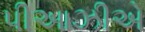
પીઆઝીએ